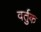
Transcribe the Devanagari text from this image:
वर्तुक